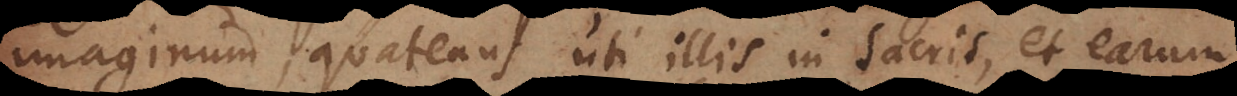
quatenus uti illis in sacris, et earum